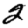
Digit: 2